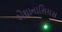
એથાનાસિયસ